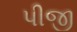
પીજી